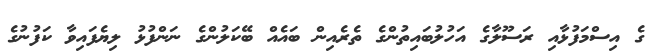
ގެ އިސްމަފުޅާއި ރަސޫލާގެ އަހުލުބައިތުންގެ ތެރެއިން ބައެއް ބޭކަލުންގެ ނަންފުޅު ލިޔެފައިވާ ކަފުނުގެ